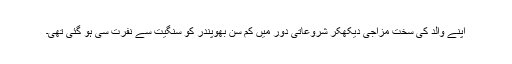
اپنے والد کی سخت مِزاجی دیکھکر شُرُوعاتی دَور میں کم سن بھُوپِنْدر کو سنگِیت سے نفرت سی ہو گئی تھی۔